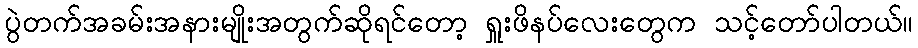
ပွဲတက်အခမ်းအနားမျိုးအတွက်ဆိုရင်တော့ ရှူးဖိနပ်လေးတွေက သင့်တော်ပါတယ်။